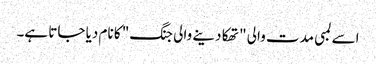
اسے لمبی مدت والی "تھکا دینے والی جنگ" کا نام دیا جاتا ہے۔